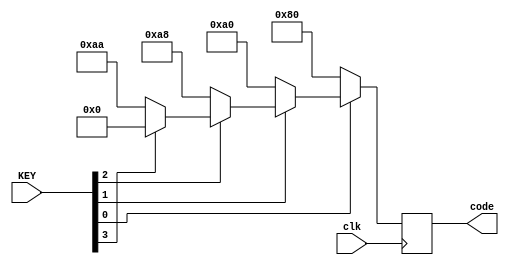
module button_encoder(
	input clk,
	input [3:0] KEY,
	output reg [7:0] code
);

always @(posedge clk)
begin
	if (KEY[0] == 0)
		code = 8'b10000000; // output code 0
	else if (KEY[1] == 0)
		code = 8'b10100000; // output code 1
	else if (KEY[2] == 0)
		code = 8'b10101000; // output code 2
	else if (KEY[3] == 0)
		code = 8'b10101010; // output code 3
	else
		code = 8'b00000000; // no output
end

endmodule